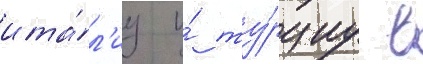
ита́л'иу и́ ту́рциу в